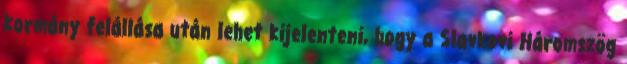
kormány felállása után lehet kijelenteni, hogy a Slavkovi Háromszög